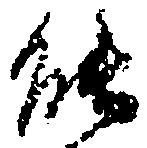
能